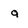
Character: q